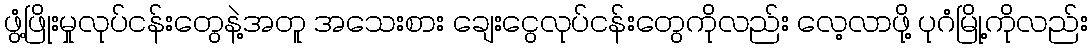
ဖွံ့ဖြိုးမှုလုပ်ငန်းတွေနဲ့အတူ အသေးစား ချေးငွေလုပ်ငန်းတွေကိုလည်း လေ့လာဖို့ ပုဂံမြို့ကိုလည်း